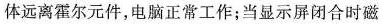
体远离霍尔元件，电脑正常工作；当显示屏闭合时磁